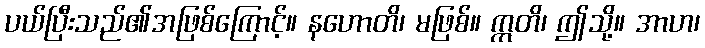
ပယ်ပြီးသည်၏အဖြစ်ကြောင့်။ နဟောတိ၊ မဖြစ်။ ဣတိ၊ ဤသို့။ အာဟ၊